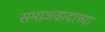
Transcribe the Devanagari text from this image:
समाजवादाच्या